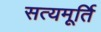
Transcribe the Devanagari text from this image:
सत्यमूर्ति